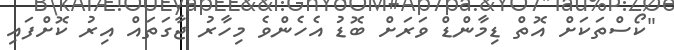
"ކޯސްތަކަށް އޮތް ޑިމާންޑް ވަރަށް ބޮޑު އެހެންވެ މިހާރު ޖާގަތައް އިރު ކޮށްފައި